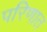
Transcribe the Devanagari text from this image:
परिणात